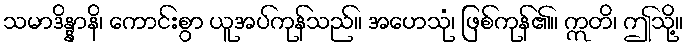
သမာဒိန္နာနိ၊ ကောင်းစွာ ယူအပ်ကုန်သည်။ အဟေသုံ၊ ဖြစ်ကုန်၏။ ဣတိ၊ ဤသို့။